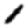
Digit: 1